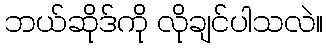
ဘယ်ဆိုဒ်ကို လိုချင်ပါသလဲ။